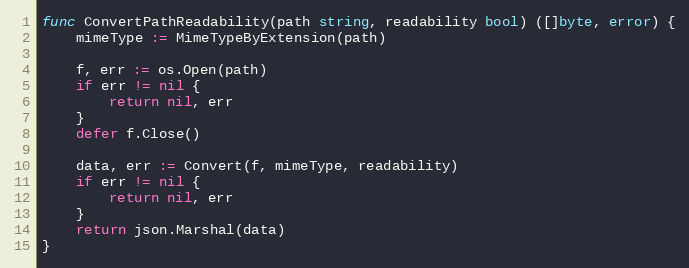
Language: Go
func ConvertPathReadability(path string, readability bool) ([]byte, error) {
	mimeType := MimeTypeByExtension(path)

	f, err := os.Open(path)
	if err != nil {
		return nil, err
	}
	defer f.Close()

	data, err := Convert(f, mimeType, readability)
	if err != nil {
		return nil, err
	}
	return json.Marshal(data)
}